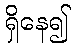
ရှိနေ၍